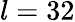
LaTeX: l=32